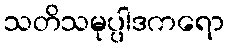
သတိသမုပ္ပါဒကရော